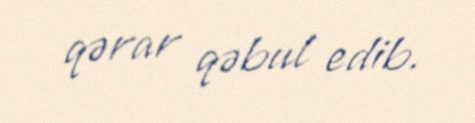
qərar qəbul edib.